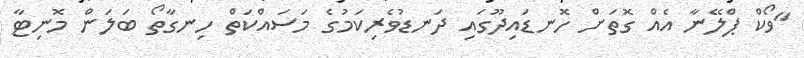
"ވޯކް ޕްލޭނާ އެއް ގޮތަށް ހޮނޑައިދޫގައި ދަނޑުވެރިކަމުގެ މަސައްކަތް ހިނގާތޯ ބަލަން މޮނިޓާ